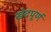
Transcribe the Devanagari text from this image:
खेदपूर्ण